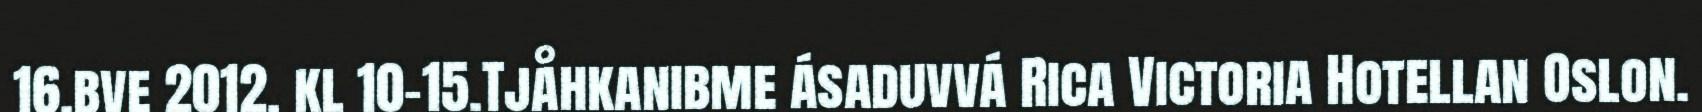
16.bve 2012, kl 10-15.Tjåhkanibme ásaduvvá Rica Victoria Hotellan Oslon.